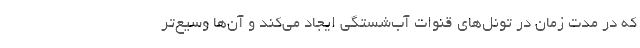
که در مدت زمان در تونل‌های قنوات آب‌شستگی ایجاد می‌کند و آن‌ها وسیع‌تر